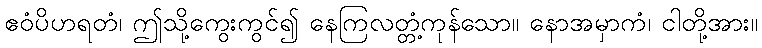
ဧဝံပိဟရတံ၊ ဤသို့ကွေးကွင်၍ နေကြလတ္တံ့ကုန်သော။ နောအမှာကံ၊ ငါတို့အား။